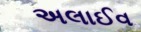
અલાઈવ